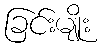
ခြင်းမျိုး